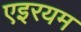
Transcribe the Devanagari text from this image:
एइरयम